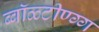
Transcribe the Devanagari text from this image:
ब्बॉळ्टीण्ग्ग